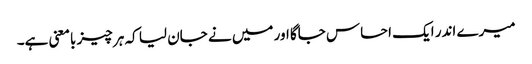
میرے اندر ایک احساس جاگا اور میں نے جان لیا کہ ہر چیز بامعنی ہے۔